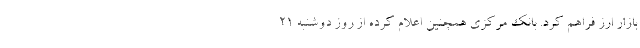
بازار ارز فراهم کرد. بانک مرکزی همچنین اعلام کرده از روز دوشنبه 21